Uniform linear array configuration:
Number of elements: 16
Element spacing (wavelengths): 0.5
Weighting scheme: hann
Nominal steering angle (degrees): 60
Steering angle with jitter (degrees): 61.75
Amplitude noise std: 0.05
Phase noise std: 0.05

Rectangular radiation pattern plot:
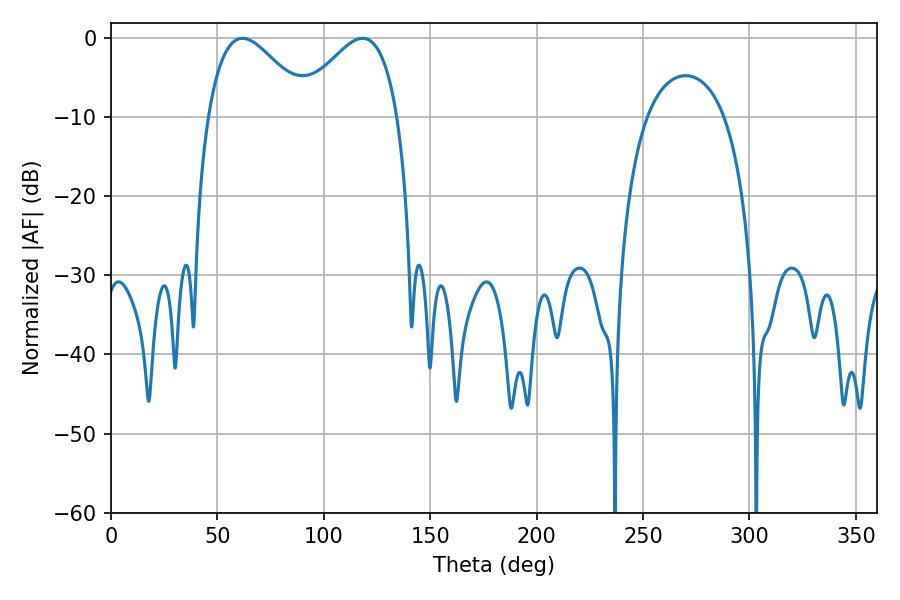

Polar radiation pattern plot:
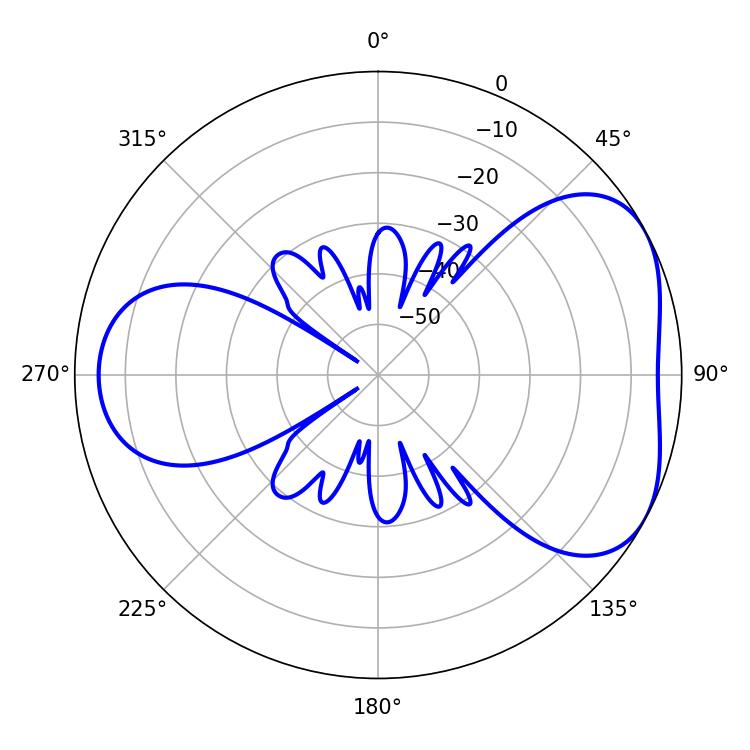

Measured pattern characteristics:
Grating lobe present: FALSE
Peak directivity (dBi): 4.62
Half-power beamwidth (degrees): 25.74
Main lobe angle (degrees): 61.74